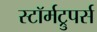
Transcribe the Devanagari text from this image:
स्टॉर्मट्रुपर्स